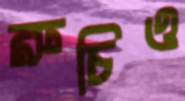
রুচিও